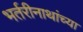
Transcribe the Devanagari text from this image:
भर्तरीनाथांच्या